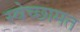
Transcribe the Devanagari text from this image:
स्वेच्छामत